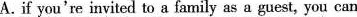
A. if you're invited to a family as a guest, you can